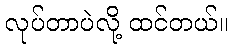
လုပ်တာပဲလို့ ထင်တယ်။